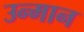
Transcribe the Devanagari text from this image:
उन्मान